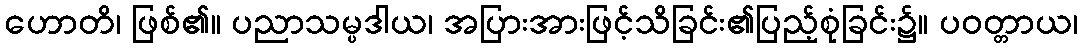
ဟောတိ၊ ဖြစ်၏။ ပညာသမ္ပဒါယ၊ အပြားအားဖြင့်သိခြင်း၏ပြည့်စုံခြင်း၌။ ပဝတ္တာယ၊